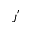
J ^ { ' }